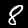
Label: 8